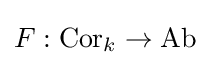
F:{\text{Cor}}_{k}\to {\text{Ab}}